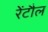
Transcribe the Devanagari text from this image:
रेंटौल